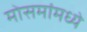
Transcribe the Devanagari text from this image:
मोसमांमध्ये